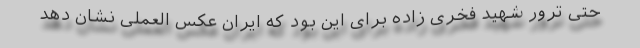
حتی ترور شهید فخری زاده برای این بود که ایران عکس العملی نشان دهد